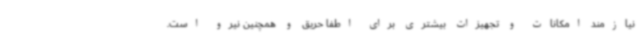
نیازمند امکانات و تجهیزات بیشتری برای اطفا حریق و همچنین نیرو است.